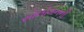
સોલોમનની